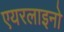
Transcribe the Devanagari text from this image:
एयरलाइनो